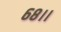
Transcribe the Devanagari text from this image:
६८।।